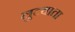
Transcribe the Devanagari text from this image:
लुटवाता